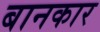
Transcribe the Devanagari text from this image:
बानकार